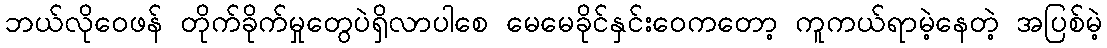
ဘယ်လိုဝေဖန် တိုက်ခိုက်မှုတွေပဲရှိလာပါစေ မေမေခိုင်နှင်းဝေကတော့ ကူကယ်ရာမဲ့နေတဲ့ အပြစ်မဲ့